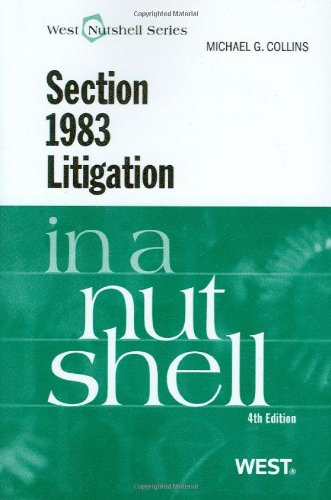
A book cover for Section 1983 Litigation in a Nutshell; Michael Collins; Law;